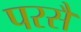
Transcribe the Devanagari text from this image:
परसै